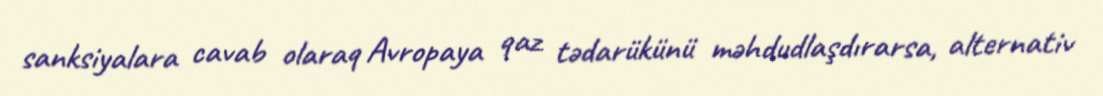
sanksiyalara cavab olaraq Avropaya qaz tədarükünü məhdudlaşdırarsa, alternativ